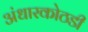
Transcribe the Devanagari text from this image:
अंधारकोठडी